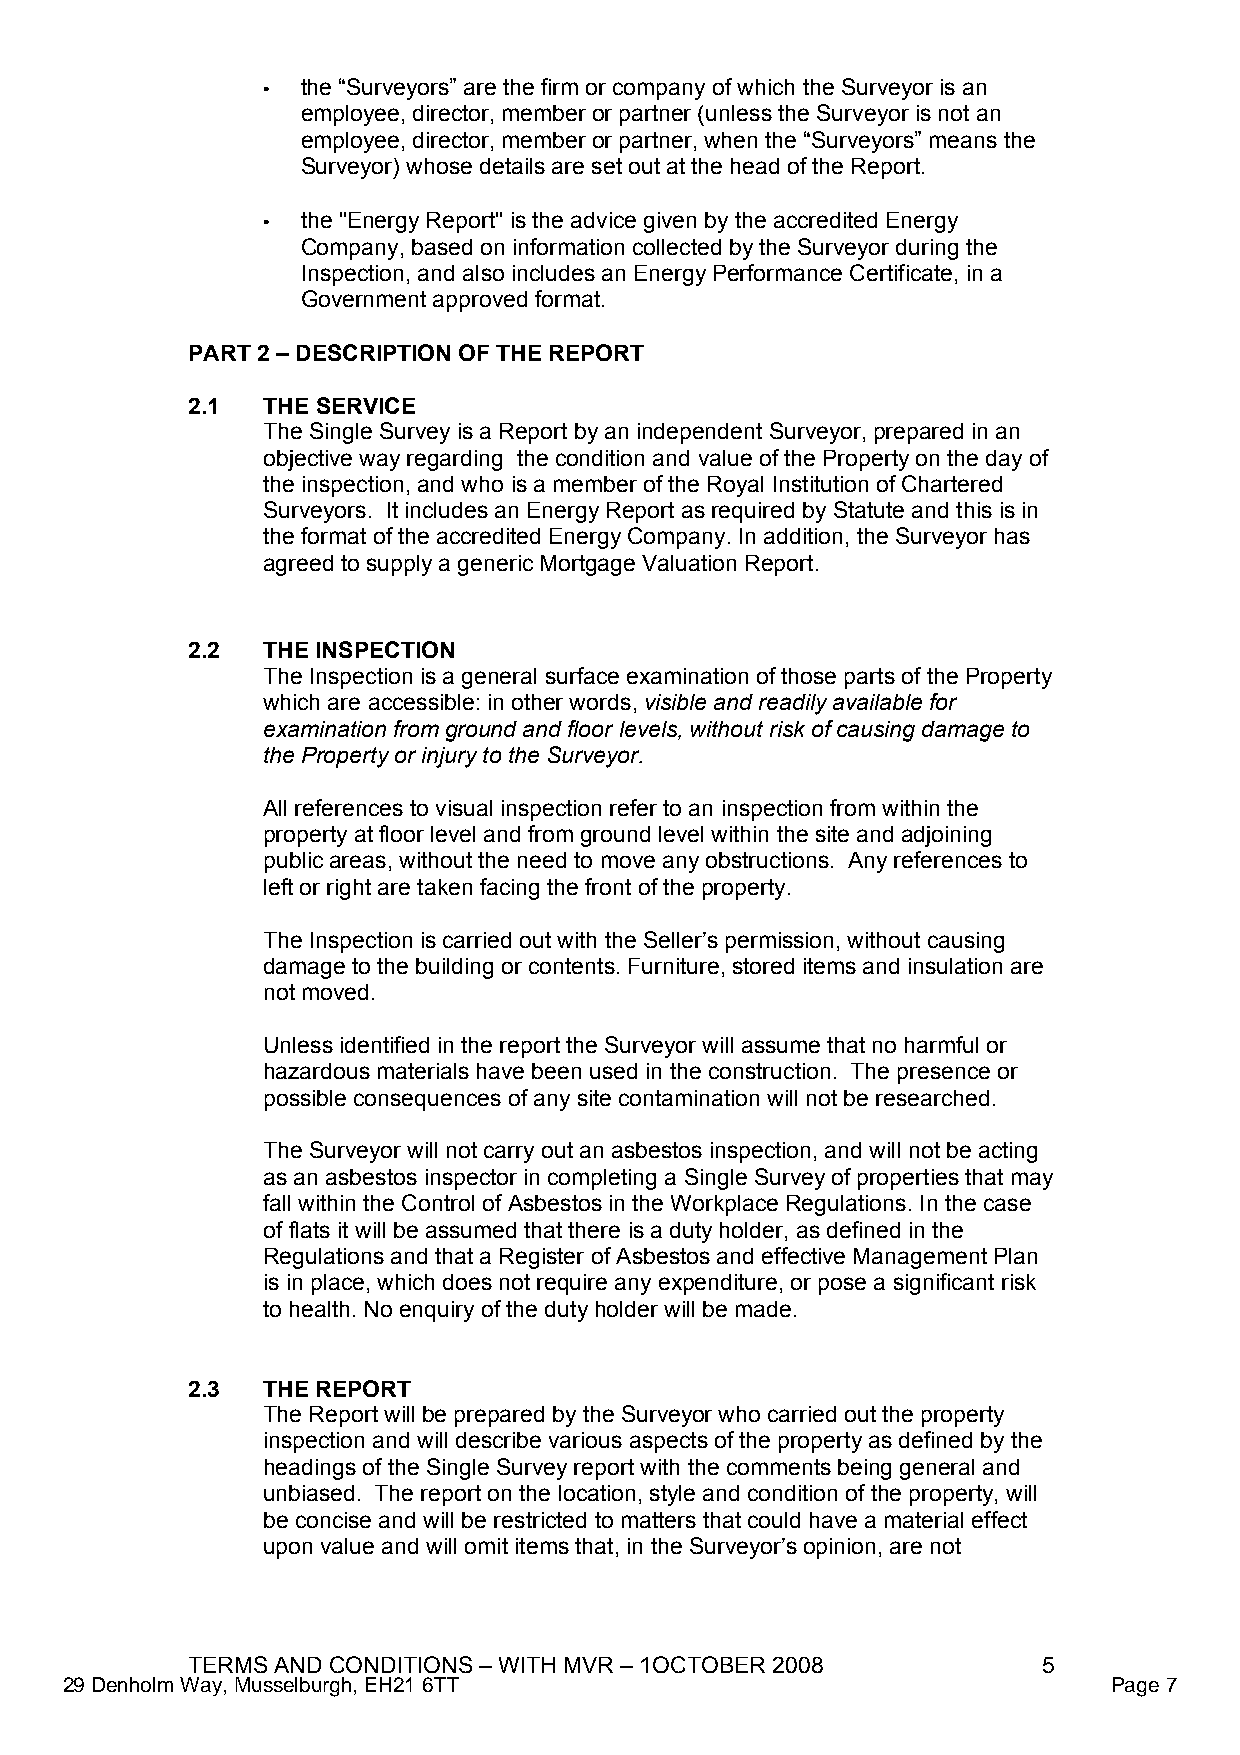
•  the “Surveyors” are the firm or company of which the Surveyor is an
 employee, director, member or partner (unless the Surveyor is not an
 employee, director, member or partner, when the “Surveyors” means the
 Surveyor) whose details are set out at the head of the Report.
 •  the "Energy Report" is the advice given by the accredited Energy
 Company, based on information collected by the Surveyor during the
 Inspection, and also includes an Energy Performance Certificate, in a
 Government approved format.
 PART 2 – DESCRIPTION OF THE REPORT
 2.1  THE SERVICE
 The Single Survey is a Report by an independent Surveyor, prepared in an
 objective way regarding the condition and value of the Property on the day of
 the inspection, and who is a member of the Royal Institution of Chartered
 Surveyors. It includes an Energy Report as required by Statute and this is in
 the format of the accredited Energy Company. In addition, the Surveyor has
 agreed to supply a generic Mortgage Valuation Report.
 2.2  THE INSPECTION
 The Inspection is a general surface examination of those parts of the Property
 which are accessible: in other words, visible and readily available for
 examination from ground and floor levels, without risk of causing damage to
 the Property or injury to the Surveyor.
 All references to visual inspection refer to an inspection from within the
 property at floor level and from ground level within the site and adjoining
 public areas, without the need to move any obstructions. Any references to
 left or right are taken facing the front of the property.
 The Inspection is carried out with the Seller’s permission, without causing
 damage to the building or contents. Furniture, stored items and insulation are
 not moved.
 Unless identified in the report the Surveyor will assume that no harmful or
 hazardous materials have been used in the construction. The presence or
 possible consequences of any site contamination will not be researched.
 The Surveyor will not carry out an asbestos inspection, and will not be acting
 as an asbestos inspector in completing a Single Survey of properties that may
 fall within the Control of Asbestos in the Workplace Regulations. In the case
 of flats it will be assumed that there is a duty holder, as defined in the
 Regulations and that a Register of Asbestos and effective Management Plan
 is in place, which does not require any expenditure, or pose a significant risk
 to health. No enquiry of the duty holder will be made.
 2.3  THE REPORT
 The Report will be prepared by the Surveyor who carried out the property
 inspection and will describe various aspects of the property as defined by the
 headings of the Single Survey report with the comments being general and
 unbiased. The report on the location, style and condition of the property, will
 be concise and will be restricted to matters that could have a material effect
 upon value and will omit items that, in the Surveyor’s opinion, are not
 TERMS AND CONDITIONS – WITH MVR – 1OCTOBER 2008          5
 29 Denholm Way, Musselburgh, EH21 6TT                                 Page 7